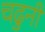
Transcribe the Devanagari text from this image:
चढुनी